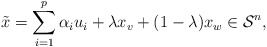
\begin{align*} \Tilde{x}=\sum\limits_{i=1}^p\alpha_iu_i+\lambda x_v+(1-\lambda)x_w\in\mathcal{S}^n,\end{align*}